Punjab Mental Hospital Lahore 1922-31 - 1922-1931
Year: 1922
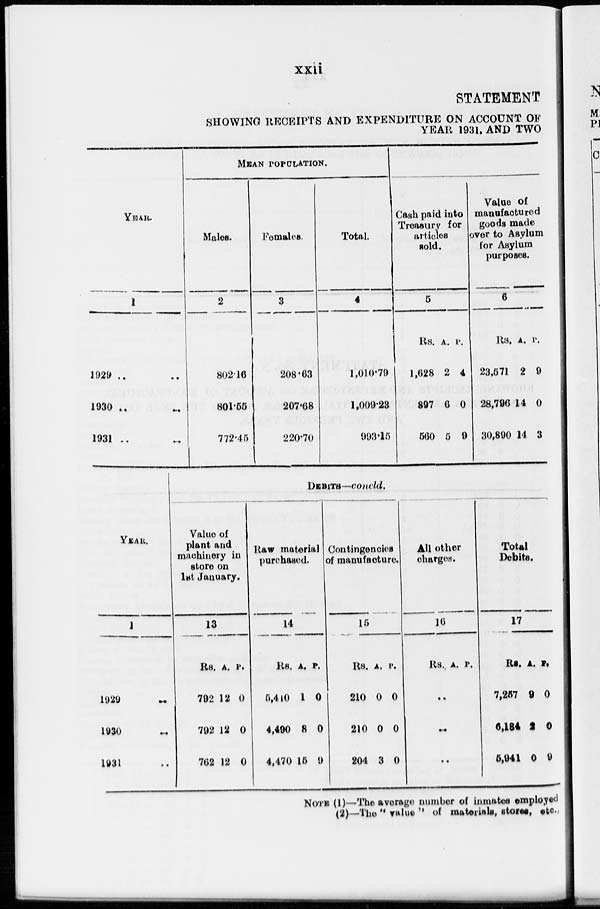
xxii
STATEMENT
SHOWING RECEIPTS AND EXPENDITURE ON ACCOUNT OF
YEAR 1931, AND TWO
YEAR.
1
1929 .. ..
1930 .. ..
1931 .. ..
MEAN POPULATION.
Males.
2
802.16
801.55
772.45
Females
3
208.63
207.68
220.70
Total.
4
1,010.79
1,009.28
993.15
Cash paid into
Treasury for
articles
sold.
5
Rs.
1,628
897
560
A.
2
6
5
P.
4
0
9
Value of
manufactured
goods made
over to Asylum
for Asylum
purposes.
6
Rs.
23,571
28,796
30,890
A.
2
14
14
P.
9
0
3
YEAR.
1
1929
..
..
1930 .. ..
1931 .. ..
DEBITS—concld.
Value of
plant and
machinery in
store on
1st January.
13
Rs.
792
792
762
A.
12
12
12
P.
0
0
0
Raw material
purchased.
14
Rs.
5,410
4,490
4,470
A.
1
8
15
P.
0
0
9
Contingencies
of manufacture.
15
Rs.
210
210
204
A.
0
0
3
P.
0
0
0
All other
charges.
16
Rs. A. P.
..
..
..
Total
Debits.
17
Rs.
7,257
6,184
5,941
A.
9
2
0
P.
0
0
9
NOTE (1)—The average number of inmates employed
(2)—The " value " of materials, stores, etc.,